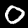
Digit: 0